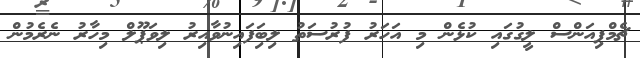
ޗެމްޕިއަންސް ލީގުގައި ކުޅެން މި އަހަރު ފުރުސަތު ލިބިަފައިނުވާއިރު ލިވަޕޫލް މިހާރު ނެރެމުން